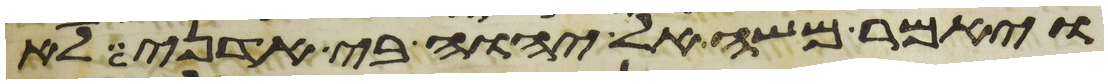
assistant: ויאמר משה אל יהוה בי אדני לא